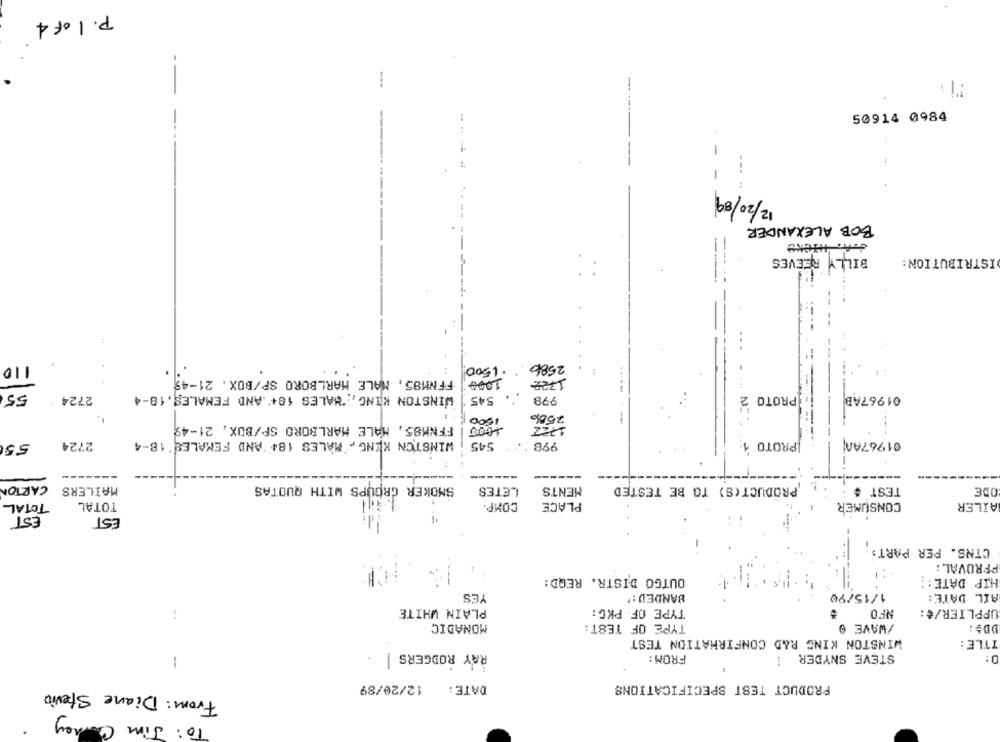
P.1 of 4
50914 0984
----
--.
12/20/89
BOB ALEXANDER
BILLY REEVES
ISTRIBUTION:
2586
110
· 1500
FFNM85, MALE MARLBORO SP/BOX. 21-45
1000
1722
55
2724 .
WINSTON KING ,, "MALES 10+ AND FEMALES,18-4
545
998
......
PROTO 2
01967AB
2586
1800
FFNM85, MALE MARLBORO SP/BOX, 21-49
-
---
01967AA
550
2724
WINSTON KING , MALES 184 AND FEMALES 18-4
545
998
IPROTO 1.
CARTON
MAILERS
SMOKER GROUPS WITH QUOTAS
LETES
MENTS
PRODUCT (S) TO BE TESTED
TEST
ODE
TOTAL
TOTAL
COMP.
PLACE
CONSUMER
AILER
EST
EST
CINS. PER PART:
PPROVAL:
OUTGO DISTR. REQD:
HIP DATE ::
YES
1/15/90
AIL DATE:
BANDED :'
PLAIN WHITE
TYPE OF PKC:
UPPLIER/ *:
NFO
MONADIC
TYPE OF TEST:
/WAVE
DD#:
WINSTON KING R&D CONFIRMATION TEST
ITLE:
RAY RODGERS
FROM:
STEVE SNYDER
D:
-
-
12/20/89
DATE:
PRODUCT TEST SPECIFICATIONS
From: Diane Stevio
To: Jim Carrey